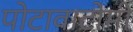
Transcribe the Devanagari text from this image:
पोटावाटोमी